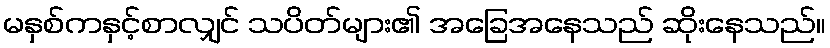
မနှစ်ကနှင့်စာလျှင် သပိတ်များ၏ အခြေအနေသည် ဆိုးနေသည်။